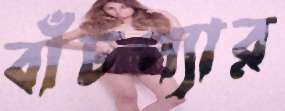
বাঁচপ্যার